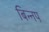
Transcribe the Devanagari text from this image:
बिन्नप